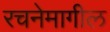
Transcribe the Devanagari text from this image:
रचनेमागील